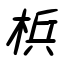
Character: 梹